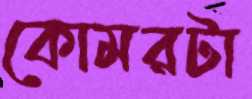
কোমরটা